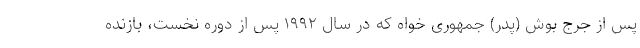
پس از جرج بوش (پدر) جمهوری خواه که در سال ۱۹۹۲ پس از دوره نخست، بازنده